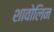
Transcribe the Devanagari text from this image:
शावोलिन